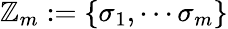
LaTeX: \mathbb{Z}_{m}:=\{ \sigma_{1},\cdots\sigma_{m}\}